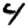
Digit: 4